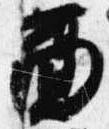
面